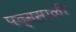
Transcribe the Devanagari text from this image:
पद्मसाळी